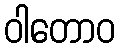
ဝါတောဝ